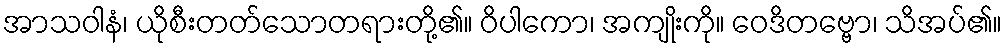
အာသဝါနံ၊ ယိုစီးတတ်သောတရားတို့၏။ ဝိပါကော၊ အကျိုးကို။ ဝေဒိတဗ္ဗော၊ သိအပ်၏။